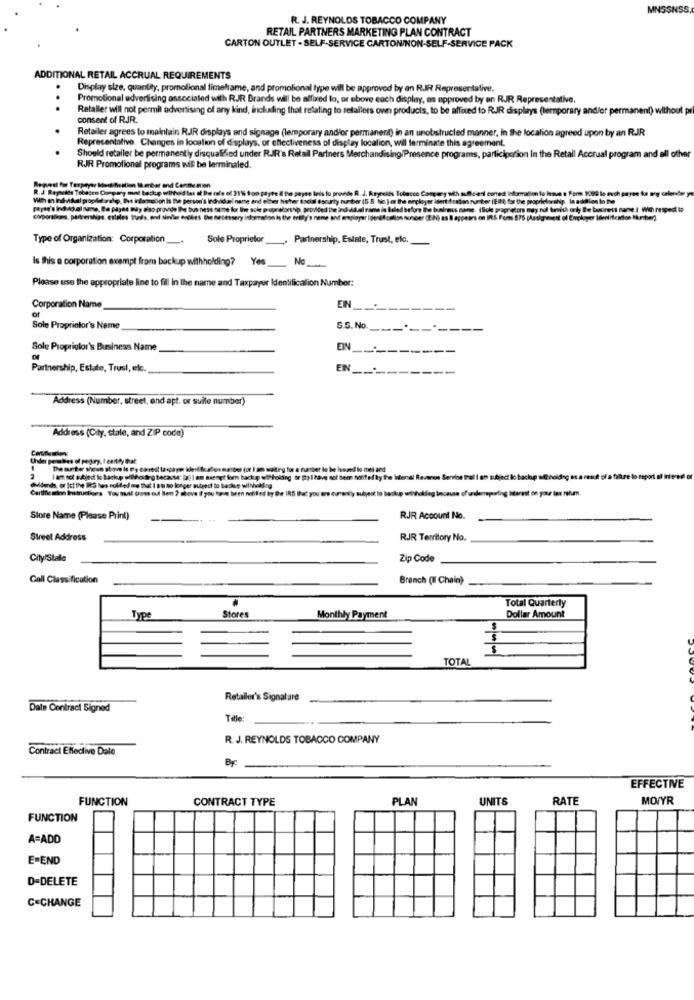
MNSSNSS
R. J. REYNOLDS TOBACCO COMPANY
RETAIL PARTNERS MARKETING PLAN CONTRACT
CARTON OUTLET - SELF-SERVICE CARTON/NON-SELF-SERVICE PACK
ADDITIONAL RETAIL ACCRUAL REQUIREMENTS
Display size, quantity, promotional timeframe, and promotional type will be approved by an RJR Representalive.
Promotional advertising associated with RJR Brands will be affored lo, or above each display, as approved by an RJR Representative.
..
Retaller will not permit advertising of any kind, including that relating to retailers own products, to be affinied fo RJR displays (temporary and/or permanent) without pr
consent of RJR.
Retailer agrees to maintain RJR displays and signage (lemporary and'or permanent) in an unobstructed manner, in the location agreed upon by an RJR
Representative. Changes in location of displays, or effectiveness of display location, will terminate this agreement.
Should retailer be permanently disqualified under RJR's Retail Partners Merchandising/Presence programs, participation In the Retail Accrual program and all other
RJR Promotional programs will be terminaled.
Request for Taxpayer Meetifestion IQ mber and Contention
R.J Rayheids Tobacco Company mnd teckę withad les of De role of 31% $om
correct information to have a Form 1099 le euch payas to why calender y
With an Individual propdat oralip, Ihet information is De person's individuel name and other hv
o IEIl for the proprietorship, le addion lo he
e. (Sole proprietors muy nul lummich only Be lanirett name ) With respect 19
IRS Form 575 (Assignment of Employer Identification Number)
Type of Organization: Corporation __.
Sole Proprietor _, Partnership, Estate, Trust, elc.
Is this a corporation exempt from backup withholding? Yes No
Please use the appropriate line to fill in the name and Taxpayer Identification Number:
EIN
Corporation Name
of
Sole Proprietor's Name
S.S. No.
---
Sole Proprietor's Business Name
EIN
Partnership, Estate, Trust, etc.
EN _-
Address (Number, street, and apt. or suite number)
Address (City, stale, and ZIP code)
Under perables of pegury, Ieentity that
The mantar shown above le By correct (apayer kert bcalor meter (or I am waiting for a custer le be Issued le nel and
Reveren Service thal I am subject lo backup sft
Carilficainn Instructions You mail com ou Ilen ? above if you have been notified by De IRS Ibut you are curently subject to backup why
dildendhs, or Ict the IRS hes wolfed me that I t'h no longer subject to backup withwoking
underreporting biterest on your tax rehum.
Store Name (Please Print)
RJR Account No.
Street Address
RJR Territory No.
City/Stale
Zip Code
Call Classification
Branch (I Chain)
Total Quarterly
Type
Stores
Monthly Payment
Dollar Amount
5
TOTAL
Retailer's Signature
Date Contract Signed
Title:
R. J. REYNOLDS TOBACCO COMPANY
Contract Effective Date
EFFECTIVE
FUNCTION
CONTRACT TYPE
PLAN
UNITS
RATE
MO/YR
FUNCTION
A=ADD
E=END
D-DELETE
C=CHANGE